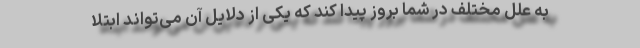
به علل مختلف در شما بروز پیدا کند که یکی از دلایل آن می‌تواند ابتلا